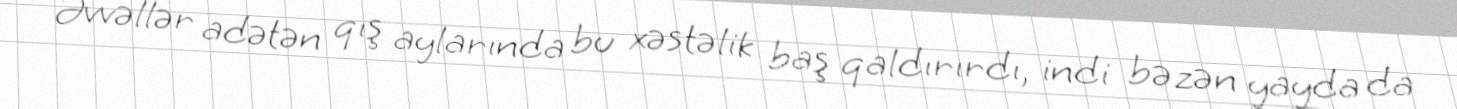
- Əvvəllər adətən qış aylarında bu xəstəlik baş qaldırırdı, indi bəzən yayda da